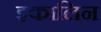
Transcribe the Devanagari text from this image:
इकालिन